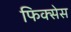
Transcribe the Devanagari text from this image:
फिक्सेस